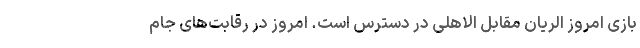
بازی امروز الریان مقابل الاهلی در دسترس است. امروز در رقابت‌های جام